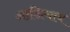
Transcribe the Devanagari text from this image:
आदित्याय